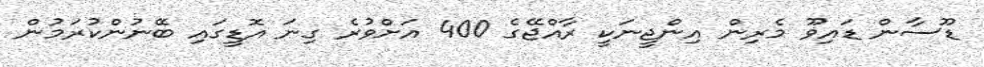
ޑޫސާން ޑައިވޫ މެރިން އިންޖީނަކީ ރާއްޖޭގެ 400 އަށްވުރެ ގިނަ އޮޑީގައި ބޭނުންކުރަމުން